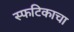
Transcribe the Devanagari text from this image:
स्फटिकाचा